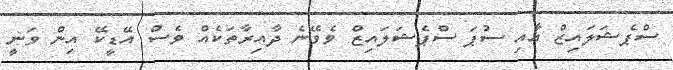
ސްޕެޝަލައިޒް އާއި ސުޕަ ސްޕެޝަލައިޒް ވެވޭނެ ދާއިރާތަކެއް ވެސް އޭޑީކޭ އިން ވަނީ